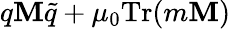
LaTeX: q\mathbf{M}\tilde{{q}}+\mu_{0}\mathrm{{Tr}}(m\mathbf{M})